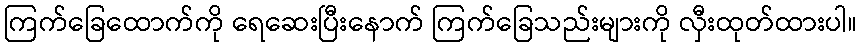
ကြက်ခြေထောက်ကို ရေဆေးပြီးနောက် ကြက်ခြေသည်းများကို လှီးထုတ်ထားပါ။